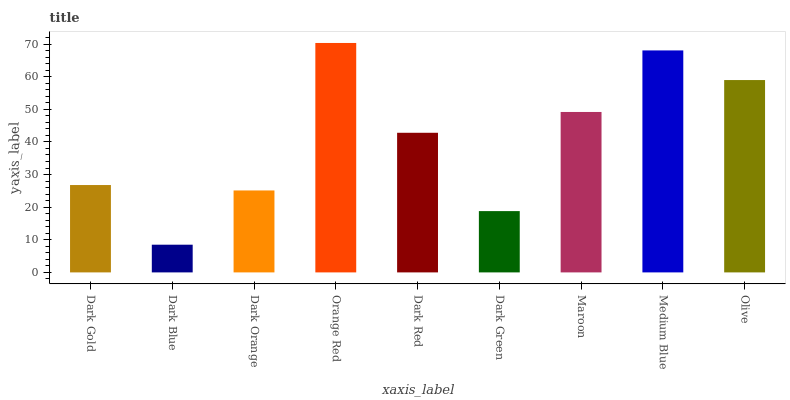
| xaxis_label | bars |
 | --- | --- |
 | Dark Gold | 26.8 |
 | Dark Blue | 8.49 |
 | Dark Orange | 25.1 |
 | Orange Red | 70.3 |
 | Dark Red | 42.8 |
 | Dark Green | 18.8 |
 | Maroon | 49.2 |
 | Medium Blue | 68 |
 | Olive | 59 |